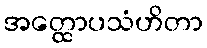
အတ္ထောပသံဟိတာ